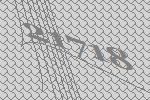
21718